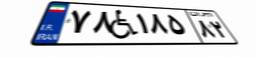
۷۸W۱۸۵۸۲